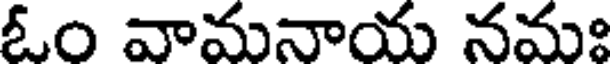
ఓం వామనాయ నమః